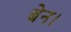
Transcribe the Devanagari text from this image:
बेन।